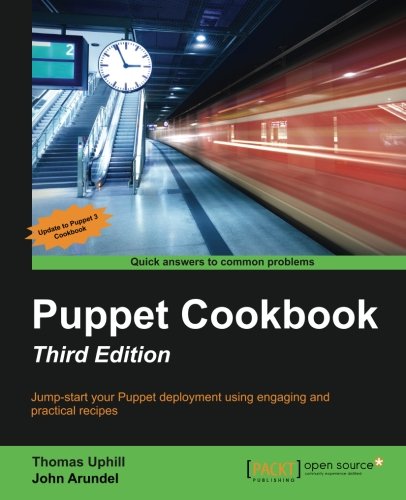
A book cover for Puppet Cookbook - Third Edition; Thomas Uphill; Computers & Technology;